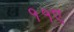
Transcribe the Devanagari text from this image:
११ए